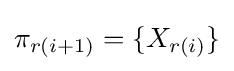
\pi _{r(i+1)}=\{X_{r(i)}\}